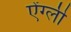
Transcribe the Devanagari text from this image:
ऐंग्ली